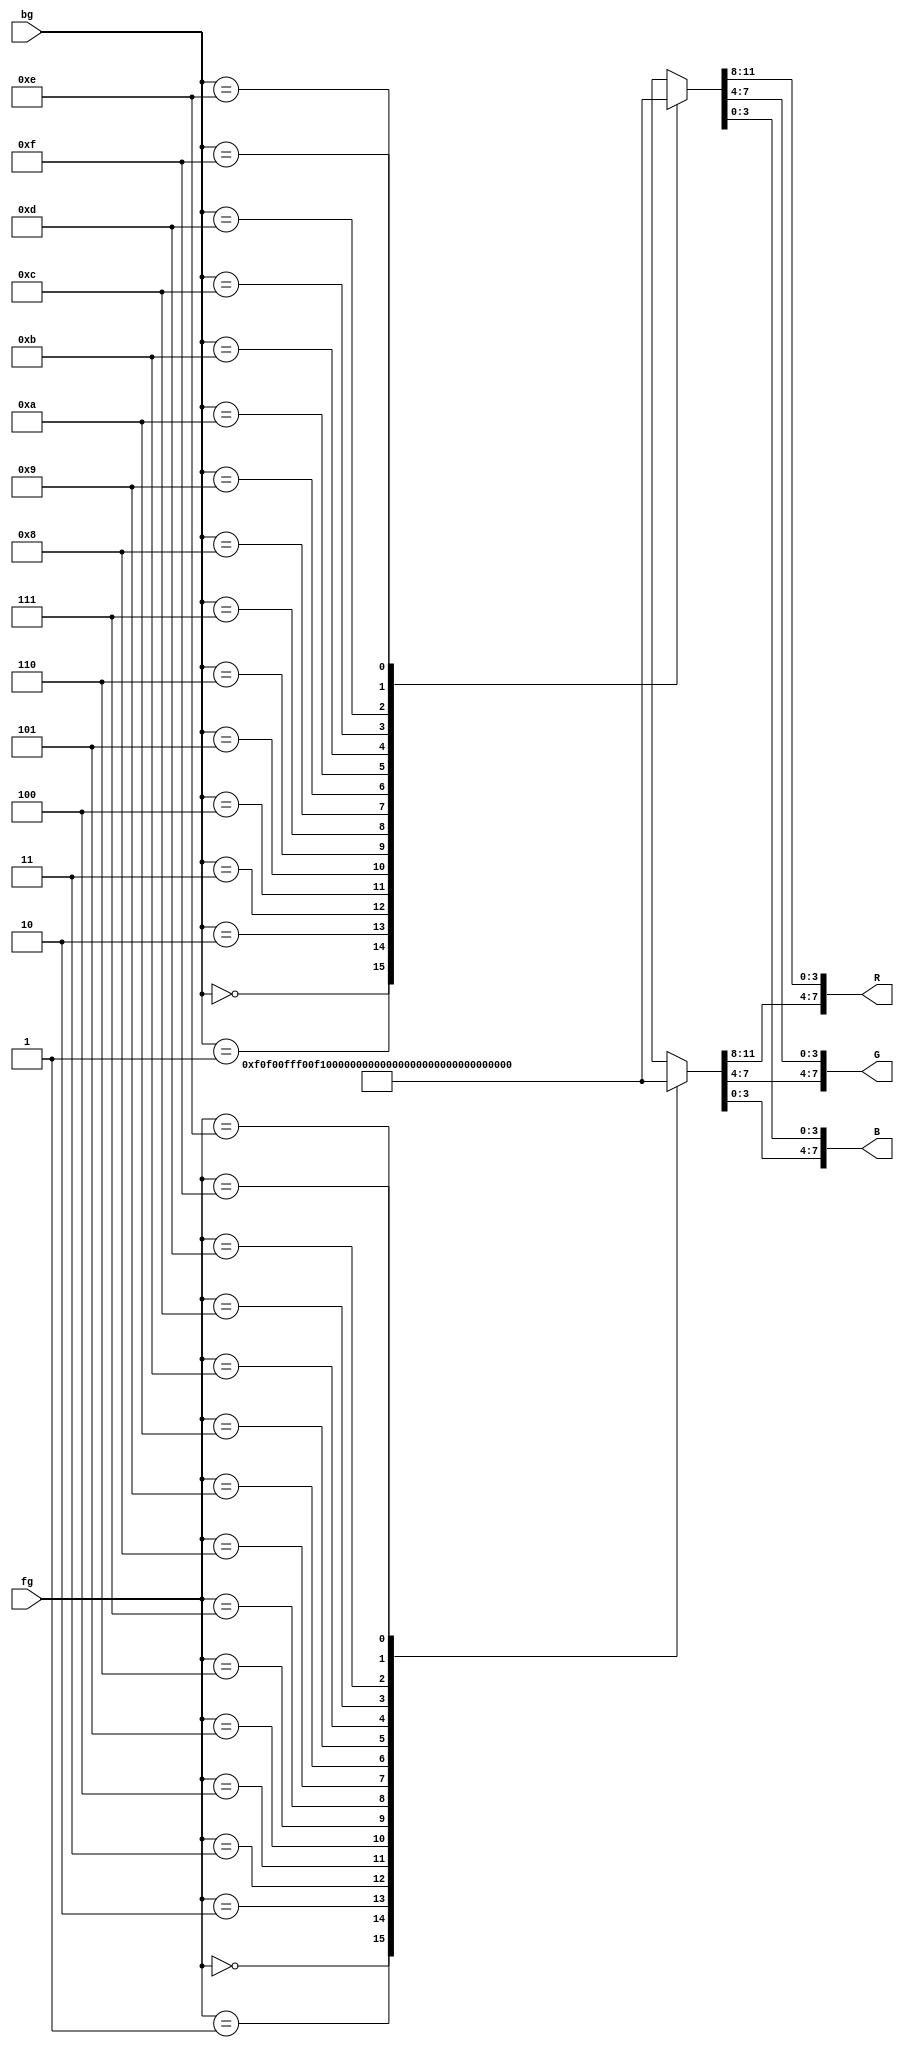
//Store the colors for color pallete 1 and output the correct RGB value based on fg and bg value
module color_pallette1(output [7:0] R, output [7:0] G, output [7:0] B, input [3:0] fg, input [3:0] bg);

//Different Color Palettes
//https://www.fountainware.com/EXPL/vga_color_palettes.htm

//Standard pallette:
wire [11:0] pallette [15:0]; //Array of RGB values so we can do multiplexing
//                       RGB
assign pallette[0] = 12'h000;
assign pallette[1] = 12'h00F;
assign pallette[2] = 12'h0F0;
assign pallette[3] = 12'h0FF;
assign pallette[4] = 12'hF00;
assign pallette[5] = 12'hF0F;
assign pallette[6] = 12'hFF0;
assign pallette[7] = 12'hFFF;
assign pallette[8] = 12'h555;
assign pallette[9] = 12'h007;
assign pallette[10] = 12'h070;
assign pallette[11] = 12'h077;
assign pallette[12] = 12'h700;
assign pallette[13] = 12'h707;
assign pallette[14] = 12'h770;
assign pallette[15] = 12'h777;

wire [11:0] pallette_fg, pallette_bg;
//Index into the array to make a multiplexer
assign pallette_fg = pallette[fg];
assign pallette_bg = pallette[bg];

assign R = {pallette_fg[11:8], pallette_bg[11:8]};
assign G = {pallette_fg[7:4], pallette_bg[7:4]};
assign B = {pallette_fg[3:0], pallette_bg[3:0]};

endmodule